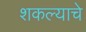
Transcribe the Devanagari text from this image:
शकल्याचे